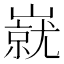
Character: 㠇